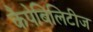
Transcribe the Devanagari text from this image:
कैपेबिलिटीज